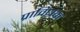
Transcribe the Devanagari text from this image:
प्राविधक